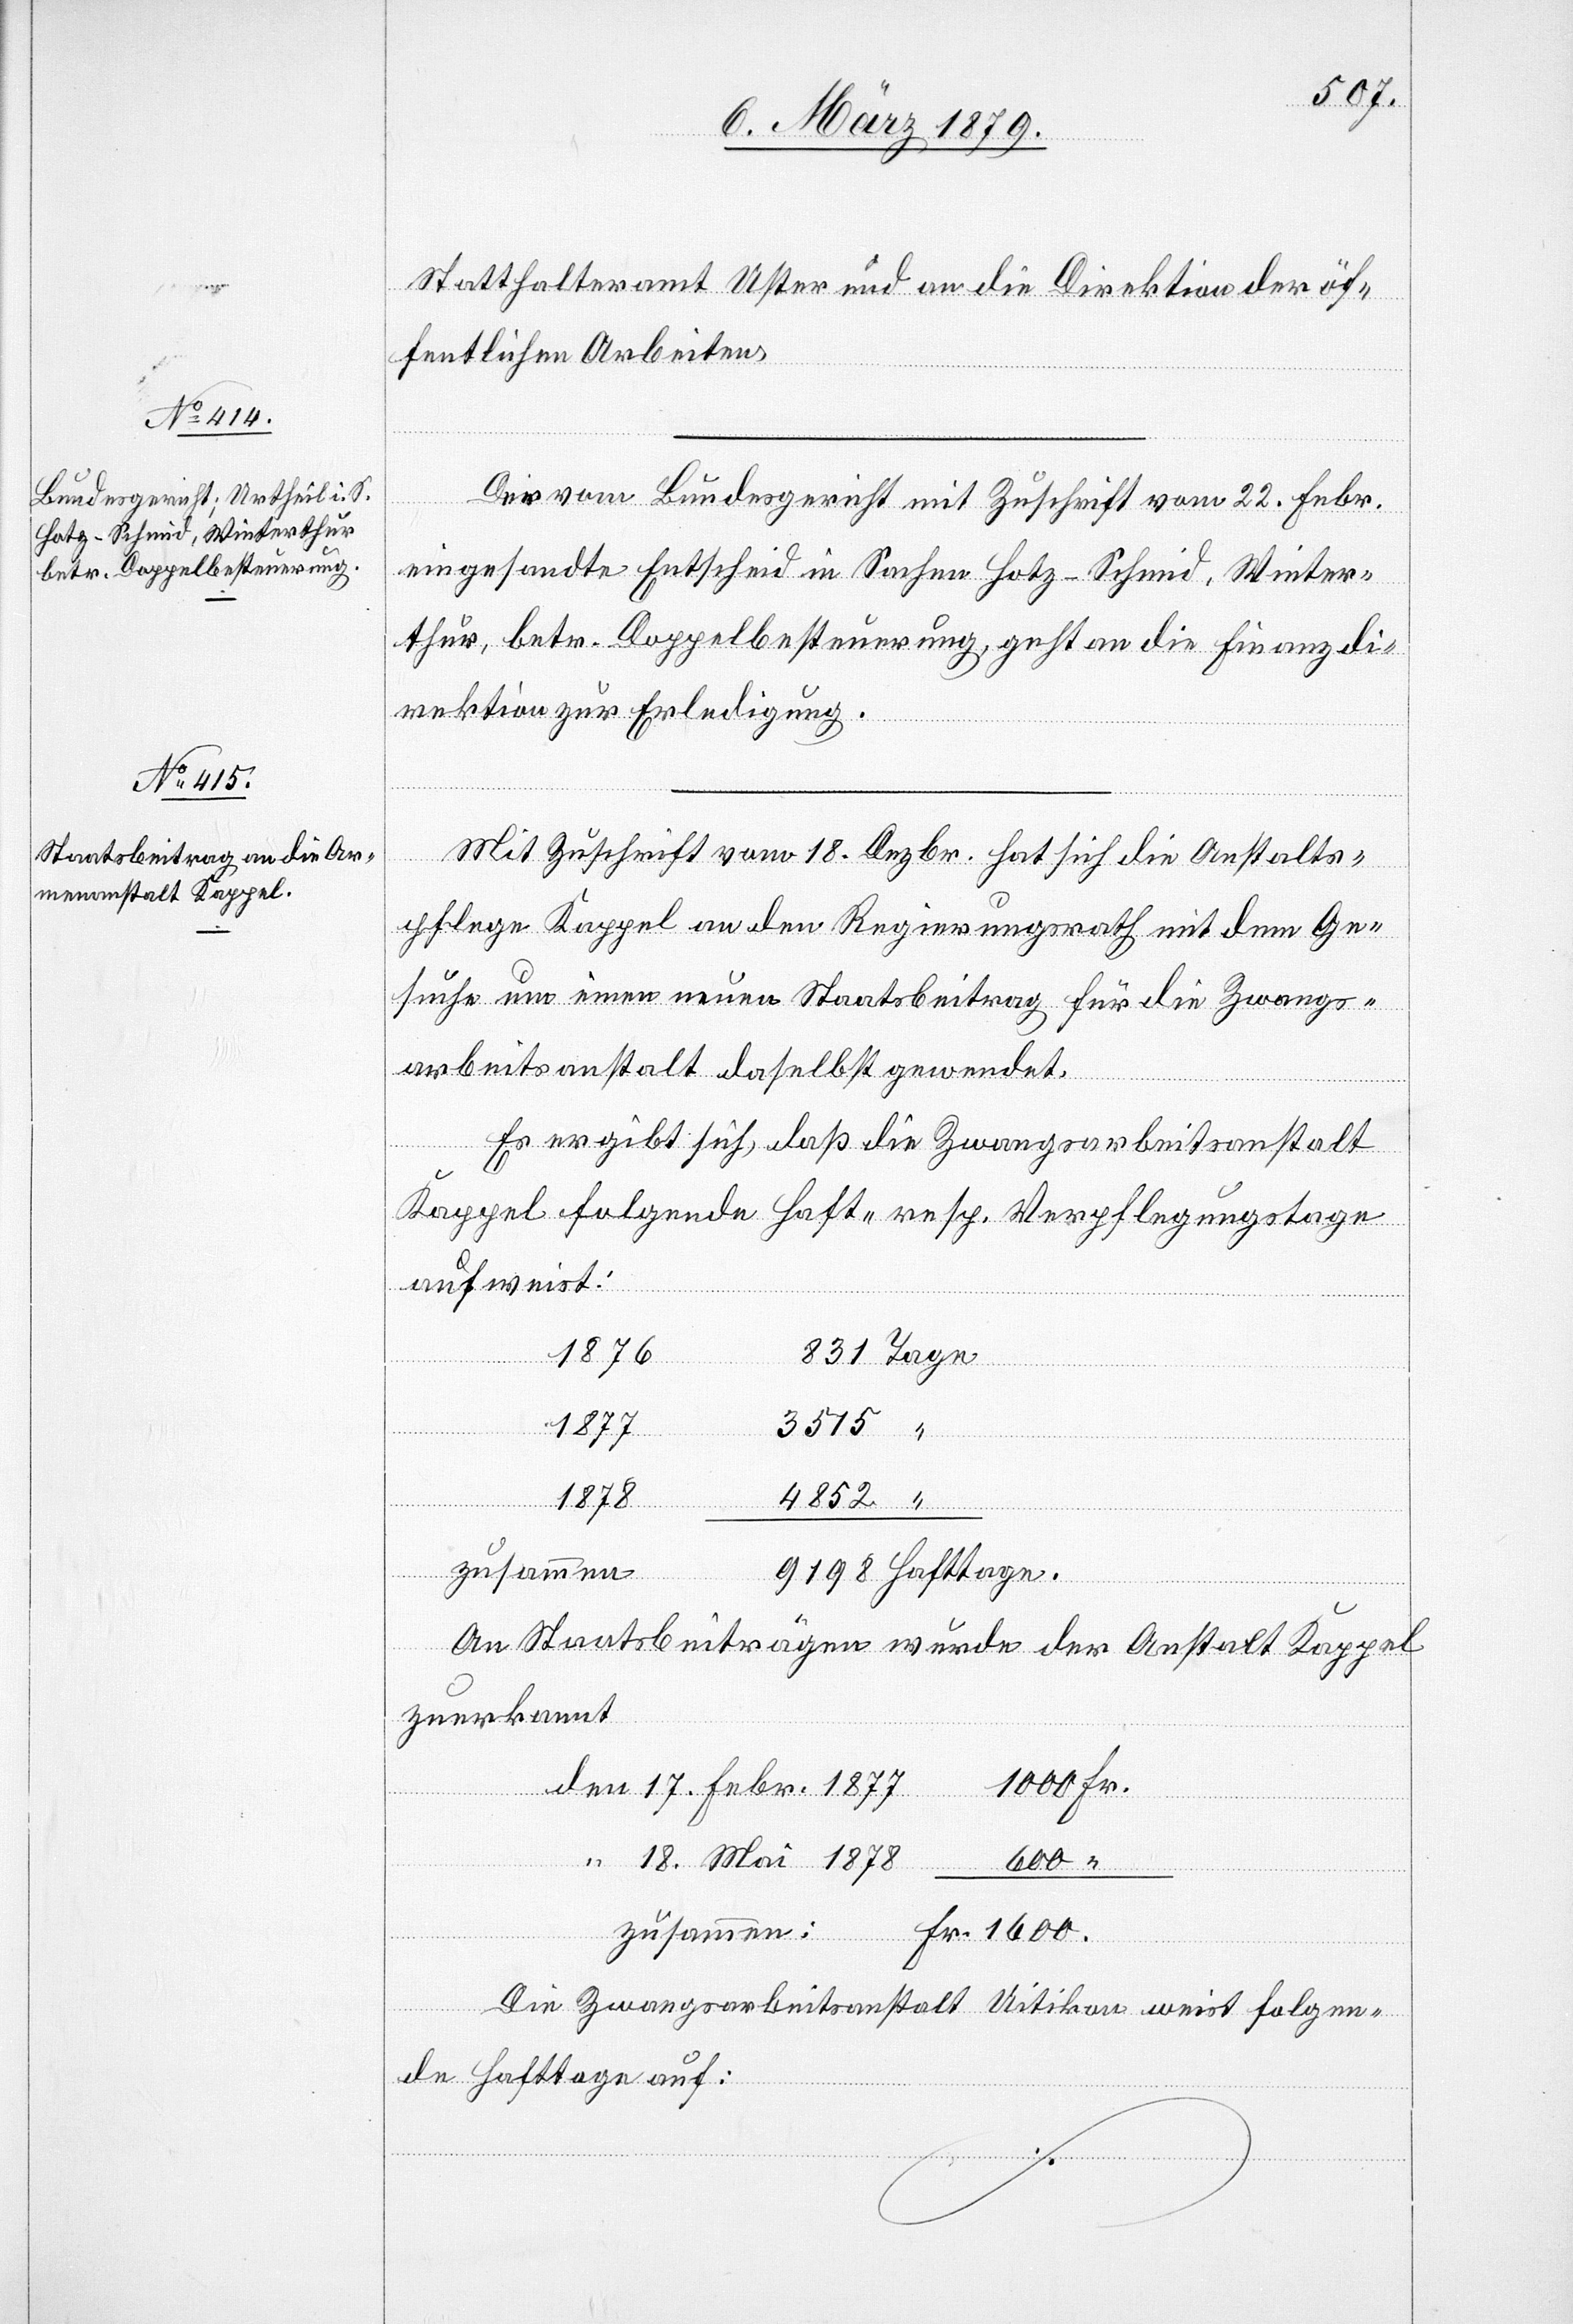
Statthalteramt Uster und an die Direktion der öf¬
fentlichen Arbeiten.
Der vom Bundesgericht mit Zuschrift vom 22. Febr.
eingesandte Entscheid in Sachen Hotz-Schmid, Winter¬
thur, betr. Doppelbesteuerung, geht an die Finanzdi¬
rektion zur Erledigung.
Mit Zuschrift vom 18. Dezbr. hat sich die Anstalts¬
pflege Kappel an den Regierungsrath mit dem Ge¬
suche um einen neuen Staatsbeitrag für die Zwangs¬
arbeitsanstalt daselbst gewendet.
Es ergibt sich, daß die Zwangsarbeitsanstalt
Kappel folgende Haft- resp. Verpflegungstage
aufweist:
1876
1877
3515
1600.
1878
“
zusammen
An Staatsbeiträgen wurde der Anstalt Kappel
zuerkannt
1000 Fr.
“
18. Mai 1878
600 “
den
Die Zwangsarbeitsanstalt Uitikon weist folgen¬
de Hafttage auf: